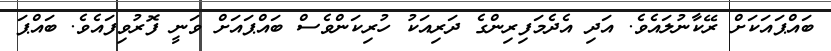
ބައްޕައަކަށް ރޭކާނުލައެވެ. އަދި އެދެމަފިރިންގެ ދަރިއަކު ހުރިކަންވެސް ބައްޕައަށް ވަނީ ފޮރުވިފައެވެ. ބައްޕަ